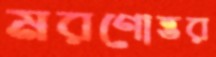
মরণোত্তর